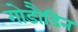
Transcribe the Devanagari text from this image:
गोडौडिन